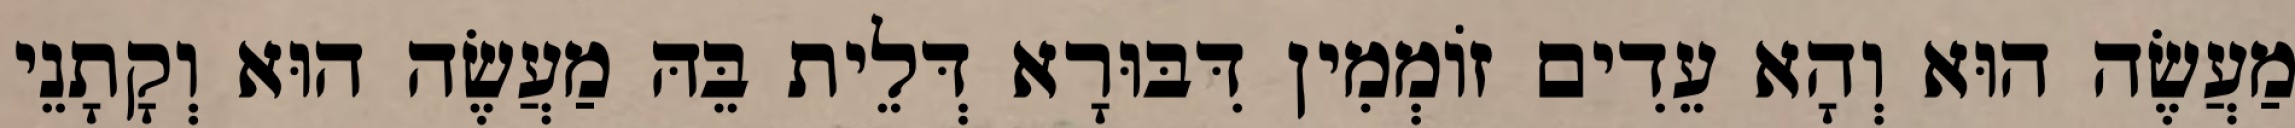
מַעֲשֶׂה הוּא וְהָא עֵדִים זוֹמְמִין דִּבּוּרָא דְּלֵית בֵּהּ מַעֲשֶׂה הוּא וְקָתָנֵי